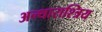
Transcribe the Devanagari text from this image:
अन्थाराश्त्रिय